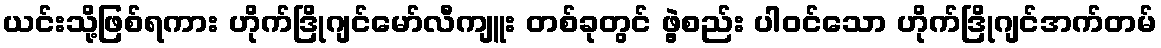
ယင်းသို့ဖြစ်ရကား ဟိုက်ဒြိုဂျင်မော်လီကျူး တစ်ခုတွင် ဖွဲ့စည်း ပါဝင်သော ဟိုက်ဒြိုဂျင်အက်တမ်